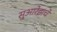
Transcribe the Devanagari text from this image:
सुआरेझचे